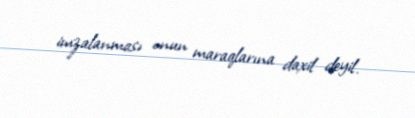
imzalanması onun maraqlarına daxil deyil.